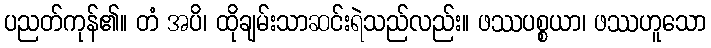
ပညတ်ကုန်၏။ တံ အပိ၊ ထိုချမ်းသာဆင်းရဲသည်လည်း။ ဖဿပစ္စယာ၊ ဖဿဟူသော